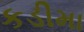
કડીમા